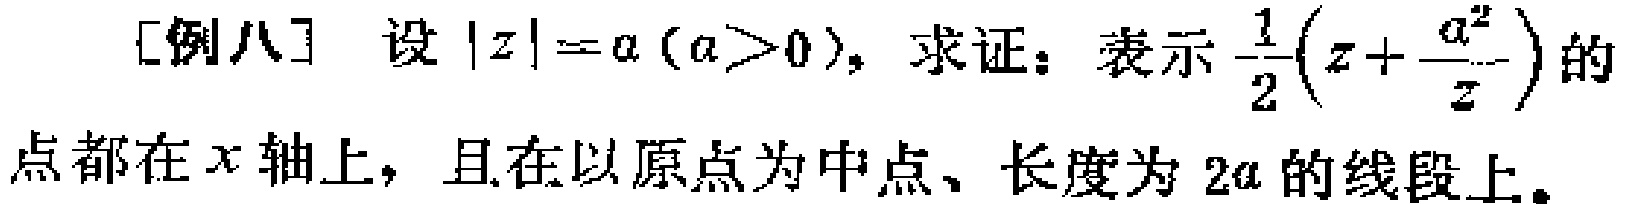
[例八] 设\(\vert z\vert = a(a > 0)\)，求证：表示\(\frac{1}{2}(z + \frac{a^{2}}{z})\)的点都在\(x\)轴上，且在以原点为中点、长度为\(2a\)的线段上。